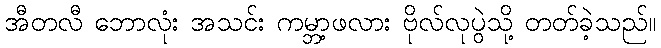
အီတလီ ဘောလုံး အသင်း ကမ္ဘာ့ဖလား ဗိုလ်လုပွဲသို့ တတ်ခဲ့သည်။